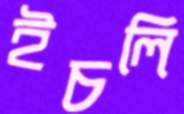
ইচলি